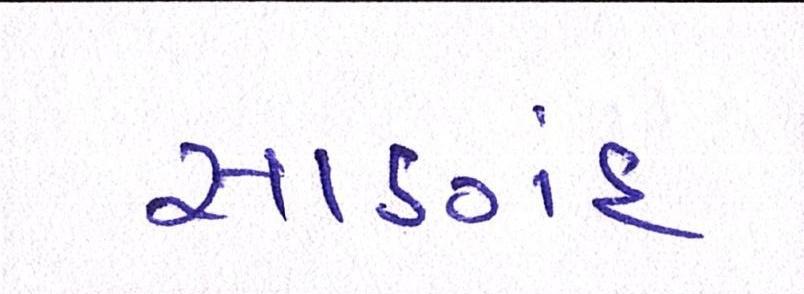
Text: સાણંદ